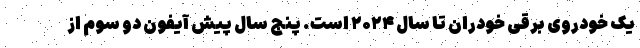
یک خودروی برقی خودران تا سال ۲۰۲۴ است. پنج سال پیش آیفون دو سوم از